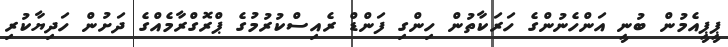
ޕީޕީއެމުން ބުނީ އަންހެނުންގެ ހަރަކާތުން ހިންގި ފަންޑް ރެއިސްކުރުމުގެ ޕްރޮގްރާމެއްގެ ދަށުން ހަދިޔާކުރި